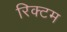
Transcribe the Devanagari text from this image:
रिक्टम